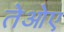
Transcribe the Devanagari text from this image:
तेओए